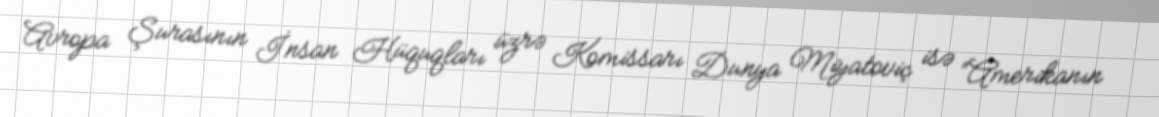
Avropa Şurasının İnsan Hüquqları üzrə Komissarı Dunya Miyatoviç isə “Amerikanın